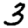
Digit: 3